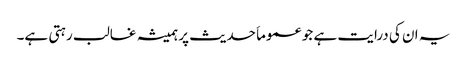
یہ ان کی درایت ہے جو عموماَ حدیث پر ہمیشہ غالب رہتی ہے۔